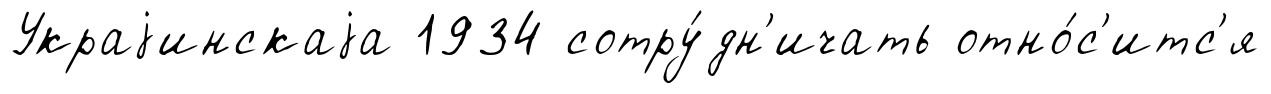
Украjинскаjа 1934 сотру́дн'ичать отно́с'итс'я